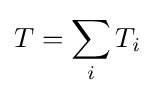
T=\sum _{i}T_{i}